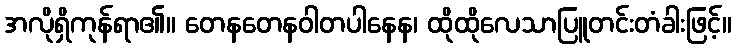
အလိုရှိကုန်ရာ၏။ တေနတေနဝါတပါနေန၊ ထိုထိုလေသာပြူတင်းတံခါးဖြင့်။